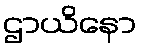
ဌာယိနော